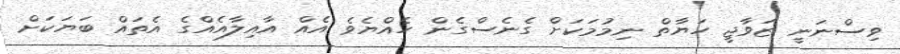
ވިސްނަނީ ޒަވާޖީ ހަޔާތް ނިމުމަކަށް ގެނެސްގެން ހެއްޔެވެ އެއް އާއިލާއެއްގެ އެތައް ބަޔަކަށް